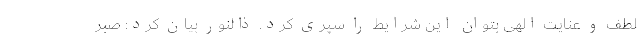
لطف و عنایت الهی بتوان این شرایط را سپری کرد. ذالنور بیان کرد: صبر